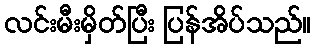
လင်းမီးမှိတ်ပြီး ပြန်အိပ်သည်။